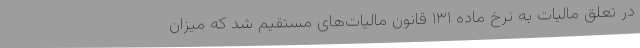
در تعلق مالیات به نرخ ماده ۱۳۱ قانون مالیات‌های مستقیم شد که میزان